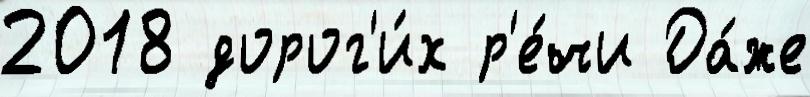
2018 дорог'и́х р'е́чи Да́же